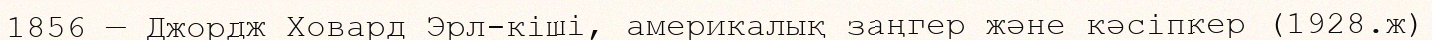
1856 — Джордж Ховард Эрл-кіші, америкалық заңгер және кәсіпкер (1928.ж)